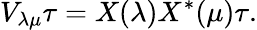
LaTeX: V_{\lambda\mu}\tau=X(\lambda)X^{*}(\mu)\tau.